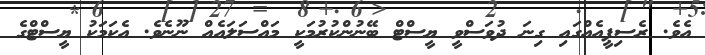
އެވެ. ރެސިޕީއެއްގައި ގިނަ ދުވަސްވީ ޔީސްޓް ބޭނުންކުރުމަކީ މައްސަލައެއް ނޫނެވެ. އެކަމަކު ޔީސްޓްގެ